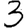
Digit: 3